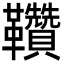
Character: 𩎈